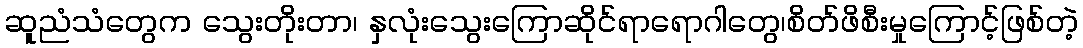
ဆူညံသံတွေက သွေးတိုးတာ၊ နှလုံးသွေးကြောဆိုင်ရာရောဂါတွေ၊စိတ်ဖိစီးမှုကြောင့်ဖြစ်တဲ့